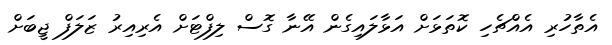
އެތާހުރި އެއްޗެހި ކޮތަޅަށް އަޅާލައިގެން އޭނާ ގޮސް ލިފްޓަށް އެރިއިރު ޒަލަފް ޖީބަށް